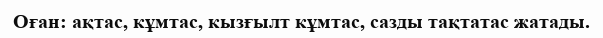
Оған: ақтас, кұмтас, кызғылт кұмтас, сазды тақтатас жатады.